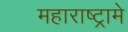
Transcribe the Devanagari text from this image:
महाराष्ट्रामे